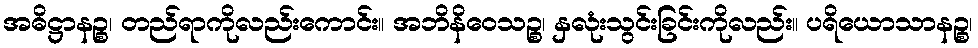
အဓိဋ္ဌာနဉ္စ၊ တည်ရာကိုလည်းကောင်း။ အဘိနိဝေသဉ္စ၊ နှလုံးသွင်းခြင်းကိုလည်း။ ပရိယောသာနဉ္စ၊